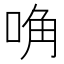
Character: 唃